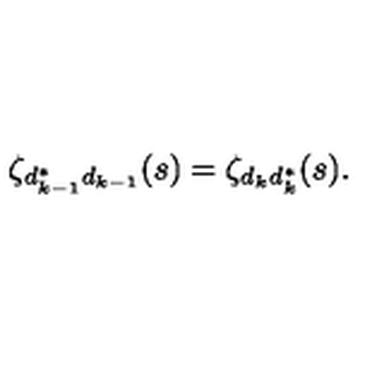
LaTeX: \zeta _ { d _ { k - 1 } ^ { * } d _ { k - 1 } } ( s ) = \zeta _ { d _ { k } d _ { k } ^ { * } } ( s ) .